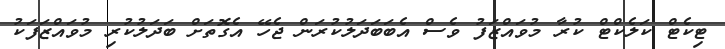
ޓިކެޓް ކަލެކްޓް ކުރާ މުވައްޒަފު ވެސް އެބަބަދަލުކުރަން ޖެހޭ އެގޮތަށް ބަދަލުކުރި މުވައްޒަފަކު